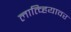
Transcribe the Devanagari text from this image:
लात्व्हियावर